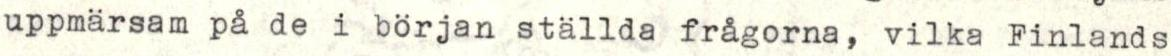
uppmärsam på de i början ställda frågorna, vilka Finlands